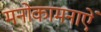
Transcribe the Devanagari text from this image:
मनोकामनाऐं